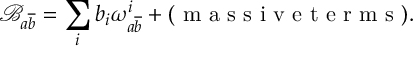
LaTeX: \mathcal { B } _ { a \overline { { { b } } } } = \sum _ { i } b _ { i } \omega _ { a \overline { { { b } } } } ^ { i } + ( \textrm { m a s s i v e t e r m s } ) .